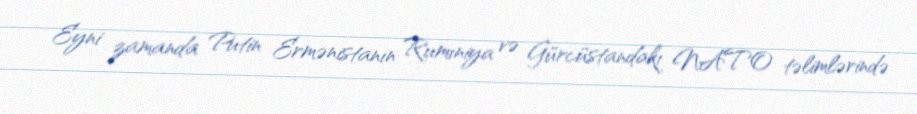
Eyni zamanda Putin Ermənistanın Rumıniya və Gürcüstandakı NATO təlimlərində